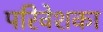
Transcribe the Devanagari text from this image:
परिवेशका